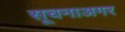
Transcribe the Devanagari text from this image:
सूचनाअगर